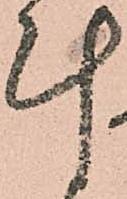
計